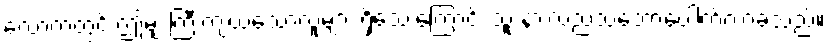
လောကတွင် ဤမျှ ကြီးကျယ်သောလူများ ရှိသေးကြောင်း သူ နားလည်သဘောပေါက်လာခဲ့သည်။